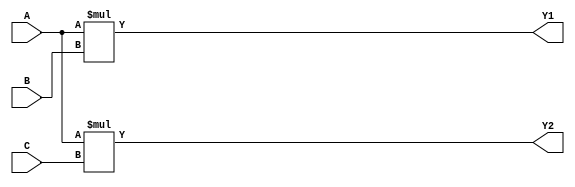
module test(A, B, C, Y1, Y2);
    input   [7:0] A, B, C;
    output  [7:0] Y1 = A * B;
    output [15:0] Y2 = A * C;
endmodule